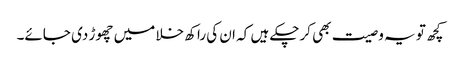
کچھ تو یہ وصیت بھی کرچکے ہیں کہ ان کی راکھ خلا میں چھوڑ دی جائے۔